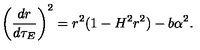
\left( \frac { d r } { d \tau _ { E } } \right) ^ { 2 } = r ^ { 2 } ( 1 - H ^ { 2 } r ^ { 2 } ) - b \alpha ^ { 2 } .